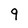
Character: 9